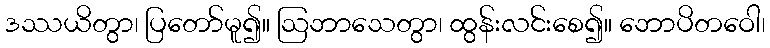
ဒဿယိတွာ၊ ပြတော်မူ၍။ ဩဘာသေတွာ၊ ထွန်းလင်းစေ၍။ ဘောပိတဝေါ၊